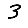
Digit: 3